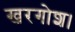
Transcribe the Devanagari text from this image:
खरगोश।